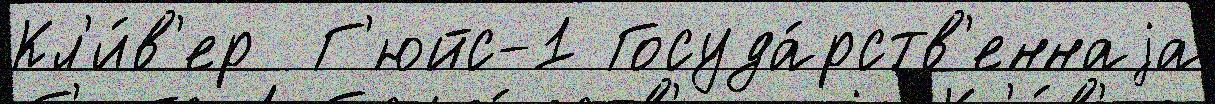
Кл'и́в'ер  Г'юйс-1 Госуда́рств'еннаjа